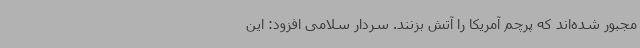
مجبور شده‌اند که پرچم آمریکا را آتش بزنند. سردار سلامی افزود: این